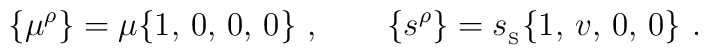
\{\mu^\rho\}=\mu\{1,\, 0, \, 0, \, 0\}\ ,\qquad\{s^\rho\}= {s_{_{\rm S}}}\{1,\, v,\, 0,\, 0\}\ .